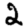
Digit: 2